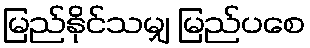
မြည်နိုင်သမျှ မြည်ပစေ